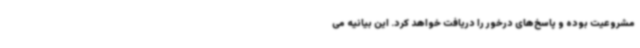
مشروعیت بوده و پاسخ‌های درخور را دریافت خواهد کرد. این بیانیه می